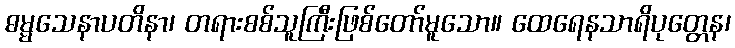
ဓမ္မသေနာပတိနာ၊ တရားစစ်သူကြီးဖြစ်တော်မူသော။ ထေရေနသာရိပုတ္တေန၊